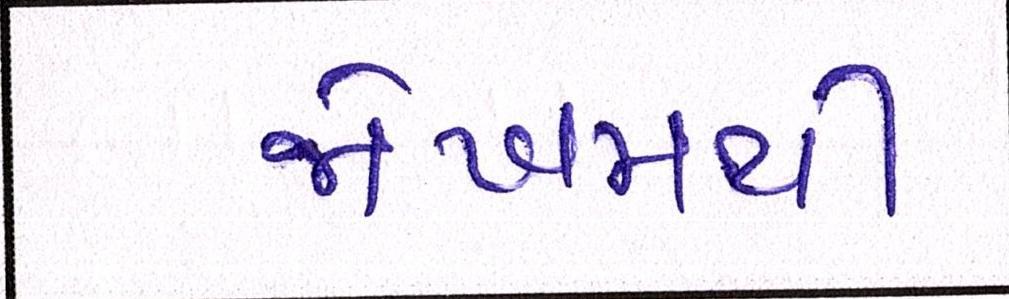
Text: જોખમથી